King Institute of Preventive Medicine Micro-Biological Section reports 1909-11
Year: 1909
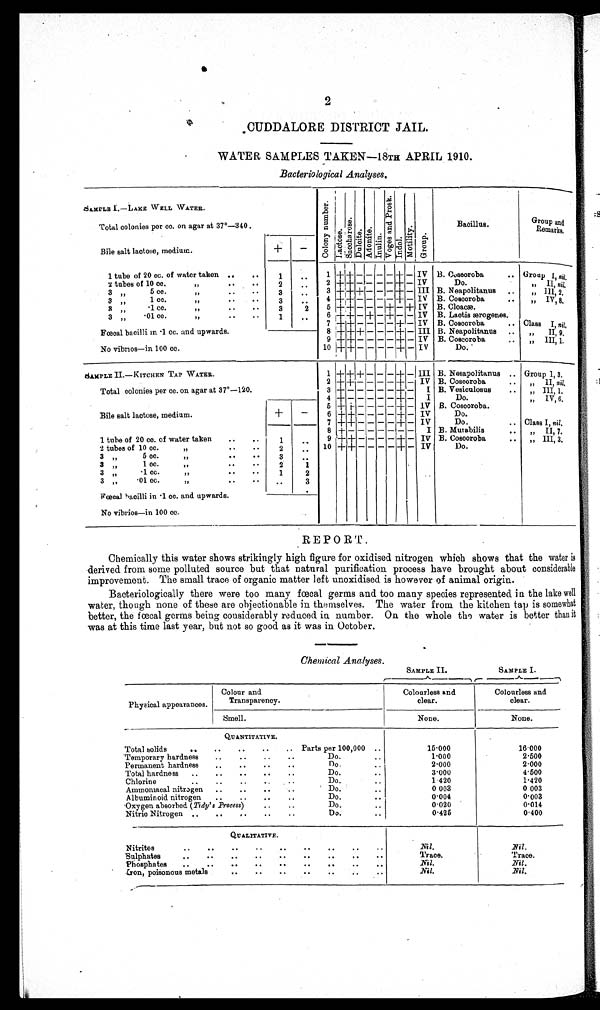
2
CUDDALORE DISTRICT JAIL.
WATER SAMPLES TAKEN—18TH APRIL 1910.
Bacteriological Analyses.
SAMPLE I.—LAKE WELL WATER.
Total colonies per cc. on agar at 37°—340.
Col ony number ; Lactose.
Sa c c ha r os e .
Du l c i t e .
Adoni t e .
Inulin.
Vo g e s a n d P r o s k .
Indol.
Mot i l i t y.
Group.
Bacillus.
Group and
Remarks.
Bile salt lactose, medium.
+
—
1 tube of 20 cc. of water taken . . ..
1
..
1 ++ - - - - + - IV B. Cosooroba
.. Groan I, n i l .
2 tubes of 10 cc.
2 + - - - - + - IV
Do.
I
,,
nil.
" IIII, 2
3 "
5 cc.
" ..
..
3
3
+ - - - + - III B. Neapolitanus ..
3 "
1 cc.
,,
..
..
3
..
4 + -
-- - + - IV B. Coscoroba
..
„ IV, 8.
8 " .1 cc. "
2
5
++ - - - + - + IV B. Cloacæ.
3 „
-01 cc. ,, . . . .
1
..
6
7 +
+-+
+
-
-
+
-
-
-
+
-
-
+
-
-
IV
IV
B. Lactis ærogenes.
B. Coscoroba
.. Class I n i l .
Fœcal bacilli in -1 cc. and upwards.
No vibrios--in 100 cc.
8 + + + - - - + - III B. Neapolitanus ..
.
II, 9.
"
9 + + - - - - + - IV B. Coscoroba
..
„ III, 1,
10 + + - - - - + - IV
Do.
SAMPLE II.—KITCHEN TAP WATER.
Total colonies per cc. on agar at 37°-120.
1
2
+
+
+
+
+
-
-
-
-
-
-
-
+
_
-
-
III
IV
B. Nesapolitanus ..
B.
Vesienlosus:
:
Group 1,3.
II, nil.
" III, 1.
Bile salt lactose, medium.
+
-
4 +
+— I
Do.
,, IV, 6.
5 + - - - - - + - IV B. Coscoroba.
6 + + — — — — + — IV
Do.
7 ++ - - - - + - IV
Do.
.. Class I, nil.
8 +
I B. Mma.bilis
..
II, 7.
„
1 tube of 20 co. of water taken
..
..
. .
9 + + - - -
IV B. Coscoroba
..
„ III, 3.
2 tubes of 10 cc.
"
. .
10 + + - - - - + - IV
Do.
3 "
5 cc.
" ..
..
3
3 "
1 cc.
"
1
3 ,,
-1 cc.
"
2
3 „
-01 cc. " .. . .
..
3
Fœcal hacilli in -1 cc. and upwards.
No vibrios—in 100 cc.
REPORT.
Chemically this water shows strikingly high figure for oxidised nitrogen which shows that the water is
derived from some polluted source but that natural purification process have brought about considerable
improvement. The small trace of organic matter left unoxidised is however of animal origin.
Bacteriologically there were too many fœcal germs and too many species represented in the lake well
water, though none of these are objectionable in themselves. The water from the kitchen tap is somewhat
better, the fœcal germs being considerably reduced in number. On the whole the water is better than it
was at this time last year, but not so good as it was in October.
Chemical Analyses.
SAMPLE II.
SAMPLE I.
Physical appearances.
Colour and
Transparency.
Colourless and
clear.
Colourless and
clear.
Smell.
None.
None.
QUANTITATIVE.
Total solids
Parts per 100,000 ..
15.000
16.000
Temporary hardness
..
..
..
..
Do.
..
1.000
2.500
Permanent hardness
..
..
..
..
no...
2.000
2.000
Total hardness
..
..
..
..
..
Do.
3.000
4.500
Chlorine.
..
..
..
..
Do.
..
1.420
1.420
Ammomacal nitrogen ..
..
..
..
Do.. ..
003
0 003
Albuminoid nitrogen
..
..
..
..
Do.
..
0.004
0.003
Oxygen absorbed. (Tidy's Process)
..
..
Do...
0.020
0.014
Nitric Nitrogen ..
..
..
..
..
Do.
..
0.425
0.400
QUALITATIVE.
Nitrites
..
.. . . . . ..
..
..
..
. .
Nil.
Nil.
Sulphates
..
..
..
..
..
..
..
..
. .
Trace.
Trace.
Phosphates
..
..
..
..
..
..
..
..
..
Nil.
Nil.
Iron, poisonous metals .. .. ..
..
..
. .
Nil.
Nil.